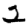
Digit: 2